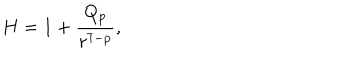
H = 1 + \frac { Q _ { p } } { r ^ { 7 - p } } ,